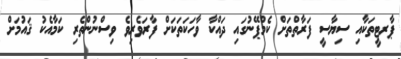
ޕާރޓީތަކާއި ސިޔާސީ ފަރާތްތަށް ކެމްޕޭނުގައި ދައްކާ ވާހަކަތަކަށް ފާރަވެރިވެ ވިސްނުންތެރި ކަމާއެކު ޤައުމަށް